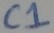
Text: C1